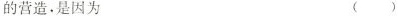
的营造，是因为( )